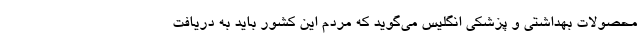
محصولات بهداشتی و پزشکی انگلیس می‌گوید که مردم این کشور باید به دریافت